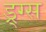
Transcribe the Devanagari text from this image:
ड्र्ग्स